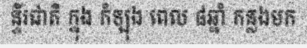
ន្ទីរជាតិ ក្នុង កំឡុង ពេល ៨ឆ្នាំ កន្លងមក